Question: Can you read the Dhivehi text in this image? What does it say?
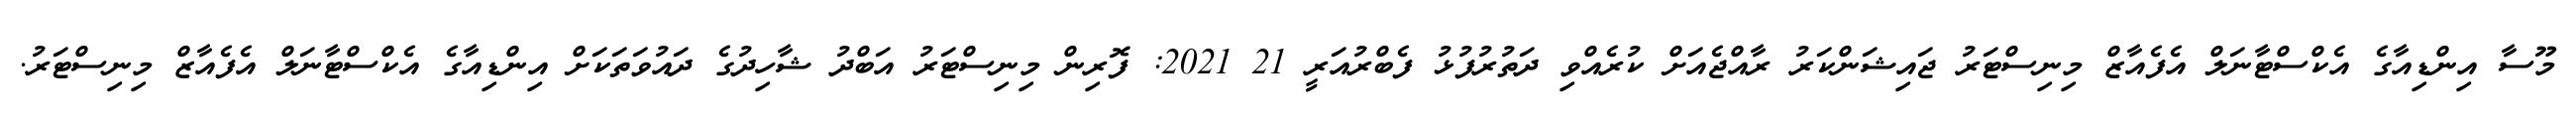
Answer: މޫސާ އިންޑިއާގެ އެކްސްޓާނަލް އެފެއާޒް މިނިސްޓަރު ޖައިޝަންކަރު ރާއްޖެއަށް ކުރެއްވި ދަތުރުފުޅު ފެބްރުއަރީ 21 2021: ފޮރިން މިނިސްޓަރު އަބްދު ޝާހިދުގެ ދައުވަތަކަށް އިންޑިއާގެ އެކްސްޓާނަލް އެފެއާޒް މިނިސްޓަރު.